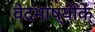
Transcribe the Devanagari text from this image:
वेदभाष्योंके